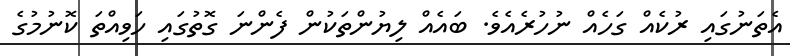
އެތަނުގައި ރުކެއް ގަހެއް ނުހުރެއެވެ. ބައެއް ލިޔުންތަކުން ފެންނަ ގޮތުގައި ހަވިއްތަ ކޮނުމުގެ